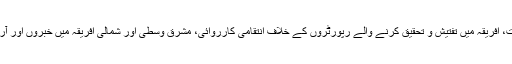
اٹیکس آن دی پریس میں لاطینی امریکہ اور چین میں سینسر شپ کے بڑھتے ہوئے رجحانات، افریقہ میں تفتیش و تحقیق کرنے والے رپورٹروں کے خلاف انتقامی کارروائی، مشرق وسطیٰ اور شمالی افریقہ میں خبروں اور آرا کو دبانے کے لیئے انسداد دہشت گردی کے قوانین کے استعمال کے واقعات بھی درج ہیں۔